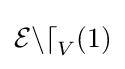
{\mathcal {End}}_{V}(1)